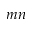
m n